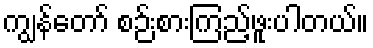
ကျွန်တော် စဉ်းစားကြည့်ဖူးပါတယ်။